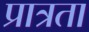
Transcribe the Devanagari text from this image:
प्रात्रता